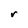
Character: r